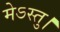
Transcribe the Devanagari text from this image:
मेऽस्तु।